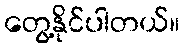
တွေ့နိုင်ပါတယ်။